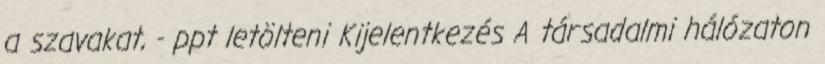
a szavakat, - ppt letölteni Kijelentkezés A társadalmi hálózaton